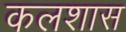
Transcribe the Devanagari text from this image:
कलशास